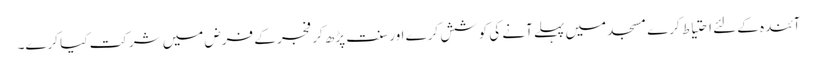
آئندہ کے لئے احتیاط کرے مسجد میں پہلے آنے کی کوشش کرے اور سنت پڑھ کر فجر کے فرض میں شرکت کیا کرے۔